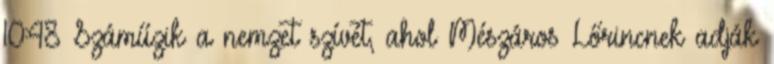
10:48 Száműzik a nemzet szívét, ahol Mészáros Lőrincnek adják